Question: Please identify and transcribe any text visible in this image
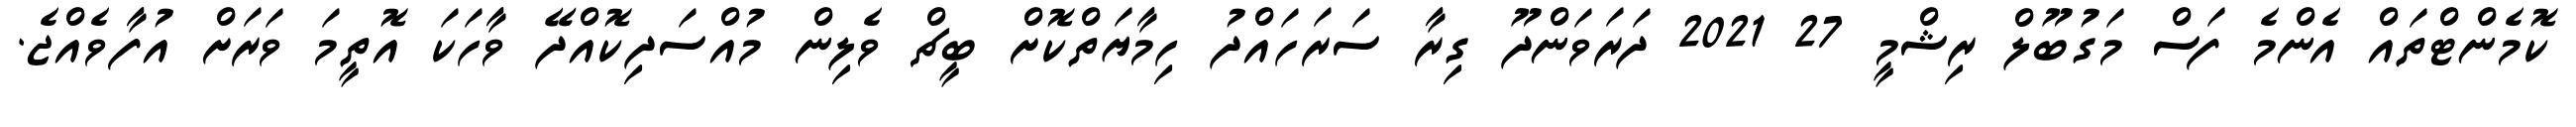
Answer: ކޮމެންޓްތައް އެންމެ ފަސް މަގުބޫލް ރިޝްމީ 27 2021 ދަރަވަންދޫ ގިރާ ސަރަހައްދު ހިމާޔަތްކޮށް ބީޗް ވެލިން މުއްސަދިކޮއްދޭ ވާހަކަ އޮތީމަ ވަރަށް އުފާވެއްޖެ.